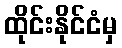
ထိုင်းနိုင်ငံမှ